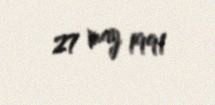
27 may 1991